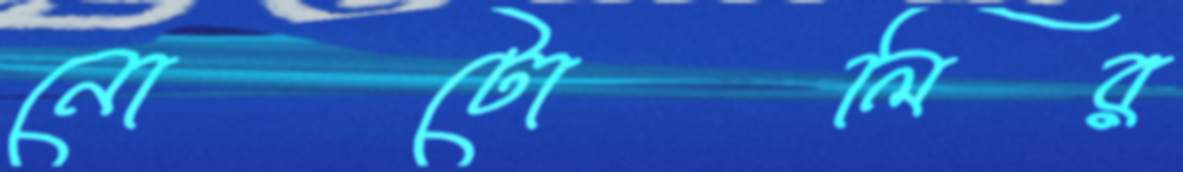
নোটোলির